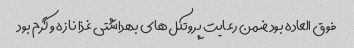
فوق العاده بود ضمن رعایت پروتکل‌های بهداشتی غذا نازه و گرم بود